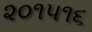
૨૦૧૫૧૬